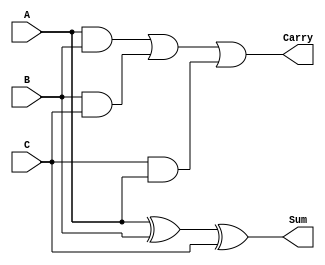
module carry_save_adder_3input (
    input [3:0] A, // 4-bit input A
    input [3:0] B, // 4-bit input B
    input [3:0] C, // 4-bit input C
    output [3:0] Sum, // 4-bit Sum output
    output [3:0] Carry // 4-bit Carry output
);
    assign Sum = A ^ B ^ C; // Sum output using XOR
    assign Carry = (A & B) | (B & C) | (C & A); // Carry output using AND and OR
endmodule